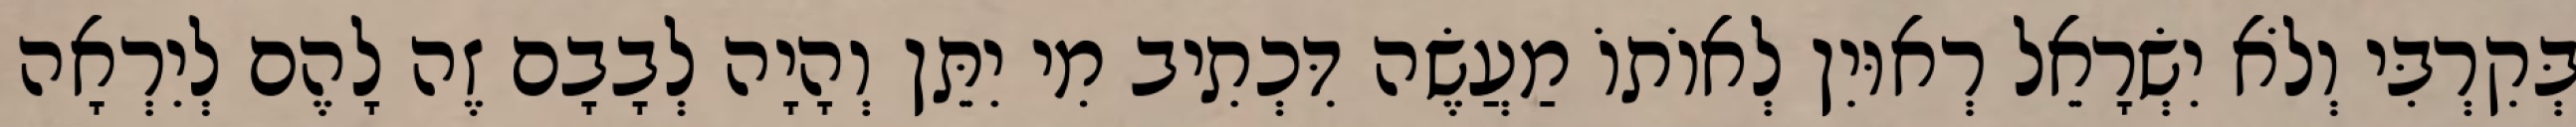
בְּקִרְבִּי וְלֹא יִשְׂרָאֵל רְאוּיִן לְאוֹתוֹ מַעֲשֶׂה דִּכְתִיב מִי יִתֵּן וְהָיָה לְבָבָם זֶה לָהֶם לְיִרְאָה